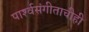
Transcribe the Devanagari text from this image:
पार्श्‍वसंगीताचीही